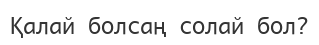
Қалай болсаң солай бол?